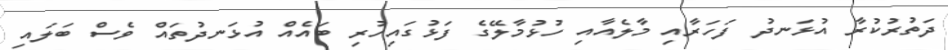
ދަތުރުކުރާ އުޅަނދު ފަހަރާއި މާލެއާއި ހުޅުމާލޭގެ ފަޅުގައިހުރި ބައެއް އުޅަނދުތައް ވެސް ބަލައި